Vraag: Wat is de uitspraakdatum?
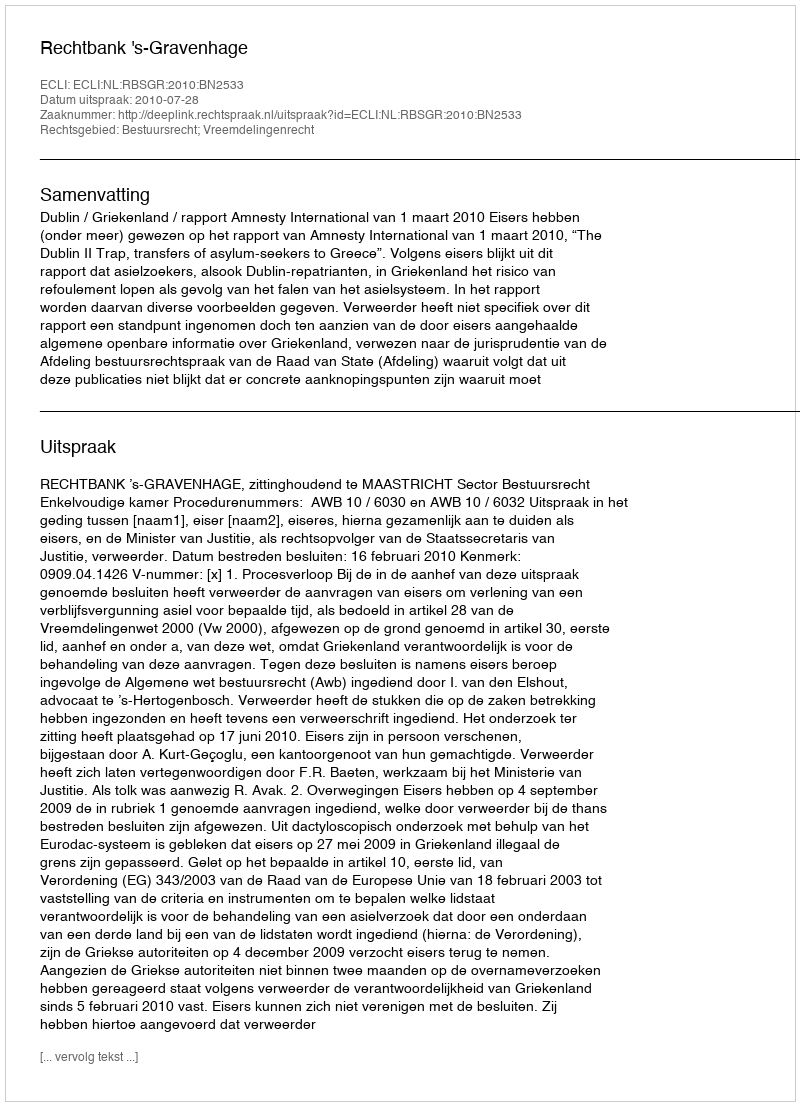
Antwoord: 2010-07-28